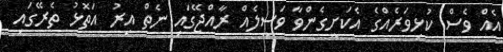
އެއް ވެސް ކުޅިވަރެއްގެ އެކަށީގެންވާ ވަސީލެއް ރާއްޖޭގައި ނެތް އިރު އަތޮޅު ތެރޭގައި